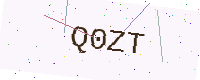
Text: Q0ZT